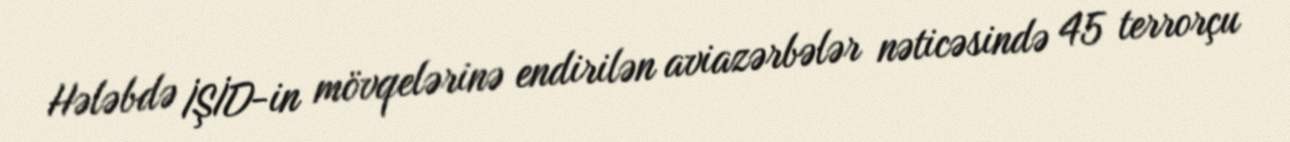
Hələbdə İŞİD-in mövqelərinə endirilən aviazərbələr nəticəsində 45 terrorçu